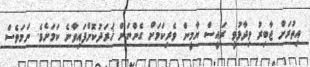
އިތުރަށް ޖާބިރު ވިދާޅުވީ ރައީސް ޔާމީން ވެރިކަމަށް ގެންނަން ޚަރަދުކޮށްފައިވާނެ ކަމަށެވެ. ނަމަވެސް